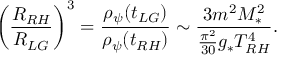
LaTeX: \left( \frac { R _ { R H } } { R _ { L G } } \right) ^ { 3 } = \frac { \rho _ { \psi } ( t _ { L G } ) } { \rho _ { \psi } ( t _ { R H } ) } \sim \frac { 3 m ^ { 2 } M _ { * } ^ { 2 } } { \frac { \pi ^ { 2 } } { 3 0 } g _ { * } T _ { R H } ^ { 4 } } .